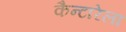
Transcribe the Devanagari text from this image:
कैन्टारेला